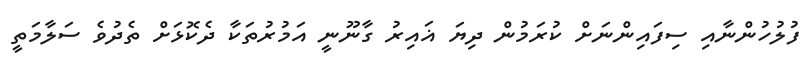
ފުލުހުންނާއި ސިފައިންނަށް ކުރަމުން ދިޔަ ޣައިރު ގާނޫނީ އަމުރުތަކާ ދެކޮޅަށް ތެދުވެ ސަލާމަތީ